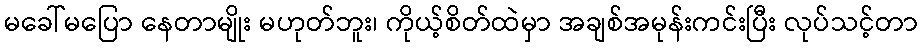
မခေါ်မပြော နေတာမျိုး မဟုတ်ဘူး၊ ကိုယ့်စိတ်ထဲမှာ အချစ်အမုန်းကင်းပြီး လုပ်သင့်တာ